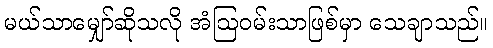
မယ်သာမျှော်ဆိုသလို အံဩဝမ်းသာဖြစ်မှာ သေချာသည်။